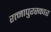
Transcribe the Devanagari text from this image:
रत्नापुरस्कार